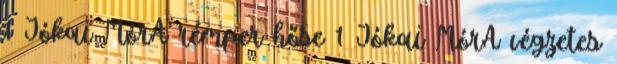
1 Jókai MórA rémper hőse 1 Jókai MórA végzetes